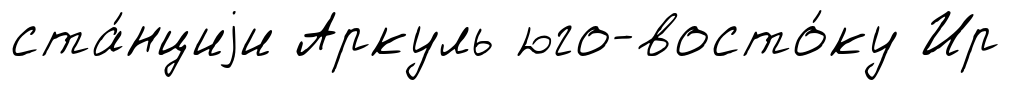
ста́нциjи Аркуль юго-восто́ку Ир